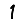
Digit: 1